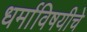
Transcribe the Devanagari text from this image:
धर्माविषयीचे